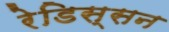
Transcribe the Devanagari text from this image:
रेडिस्सन